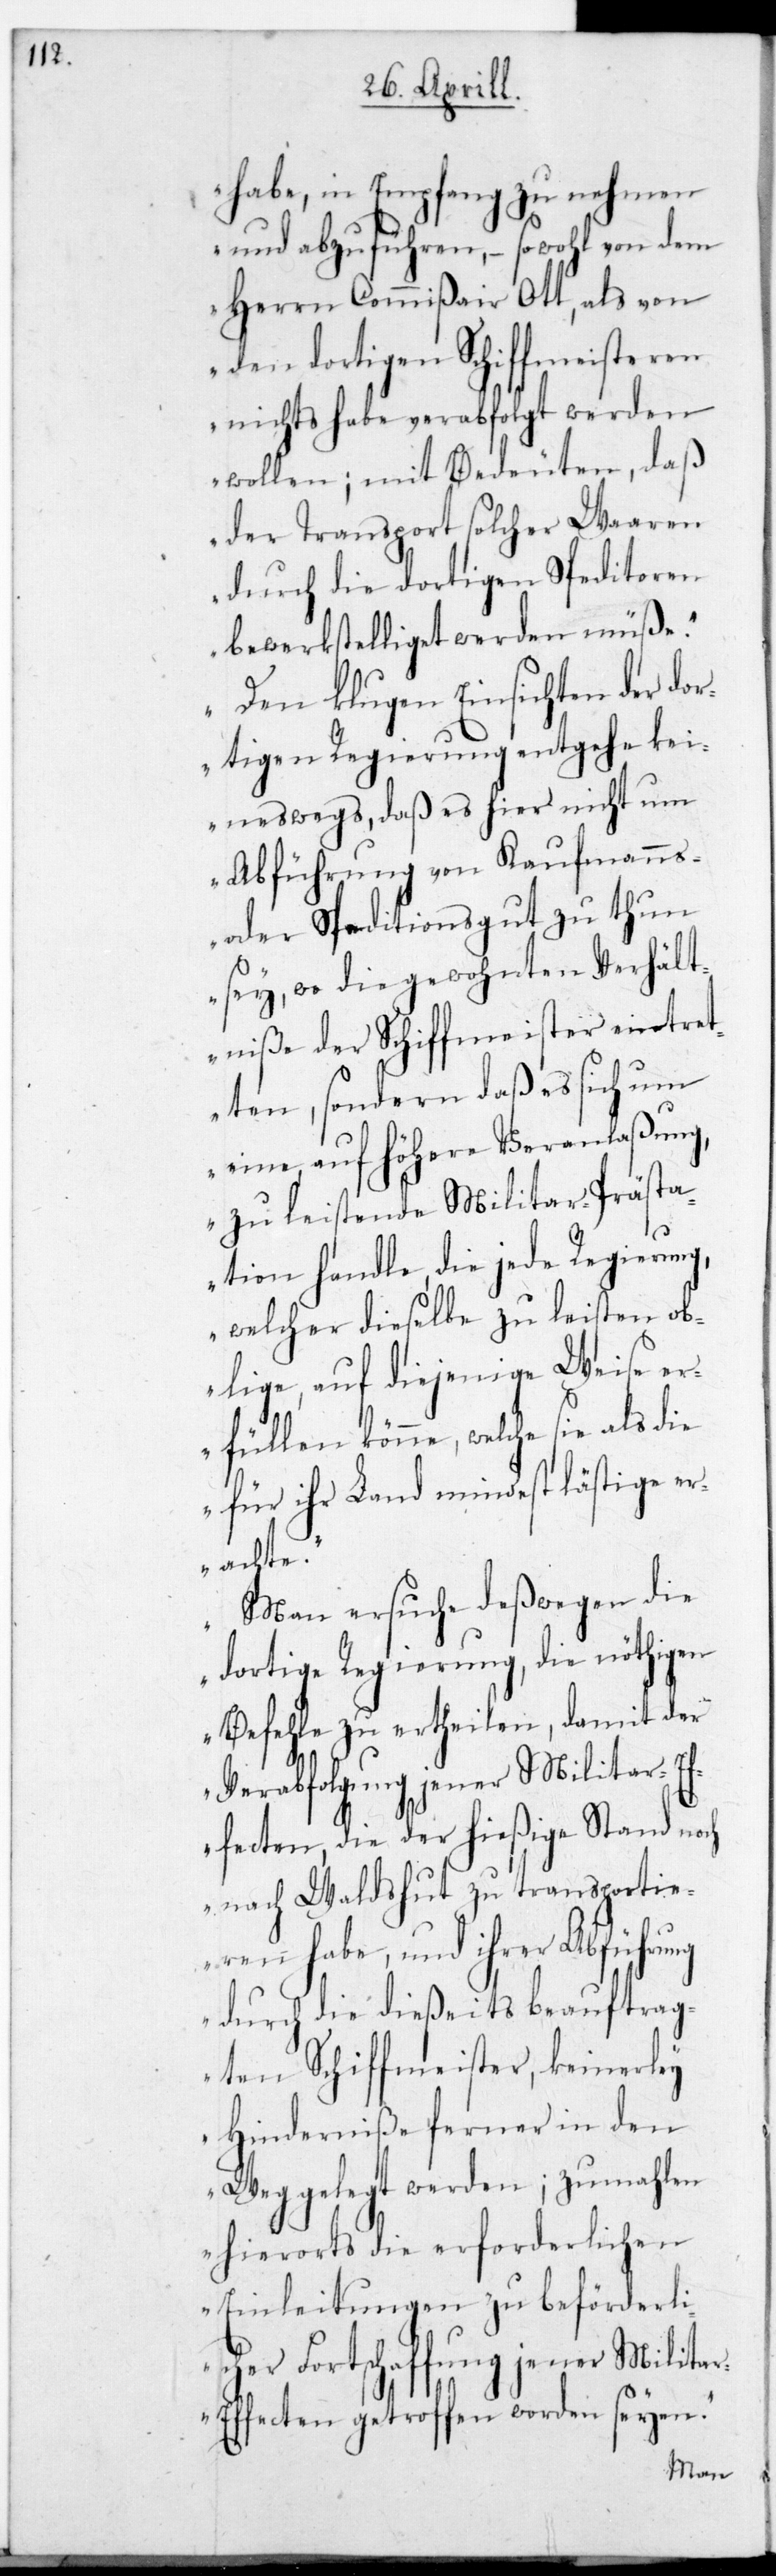
habe, in Empfang zu nehmen
und abzuführen, – sowohl von dem
Herrn Commißair Ott, als von
den dortigen Schiffmeisteren
nichts habe verabfolgt werden
daß
wollen; mit Bedeuten,
der Transport solcher W¬
itoren
durch die dortigen Sped¬
bewerkstelliget werden müße.
Den klugen Einsichten der dor¬
tigen Regierung entgehe kei¬
neswegs, daß es hier nicht um
Abführung von Kaufmanns-
oder Speditionsgut zu thun
sey, wo die gewohnten Verhält¬
niße der Schiffmeister eintret¬
ten, sondern daß es sich um
eine auf höhere Veranlaßung
zu leistende Militar-Prästa¬
tion handle, die jede Regierung,
welche dieselbe zu leisten ob¬
liege, auf diejenige Weise e¬
rfüllen könne, welche sie als
für ihr Land mindest lästige er¬
achte.
Man ersuche deßwegen die
dortige Regierung, die nöthigen
Befehle zu ertheilen, damit der
Verabfolgung jener Militar-E¬
ffecten, die der hießige Stand noch
nach Waldshut zu transportie¬
ren habe, und ihrer Abführung
durch die dießeits beauftrag¬
ten Schiffmeister, keinerlei
Hinderniße ferner in den
Weg gelegt werden; zumahlen
hierorts die erforderlichen
Einleitungen zu beförderli¬
cher Fortschaffung jener Milita¬
r-Effecten getroffen worden seyen.